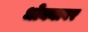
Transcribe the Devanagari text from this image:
धोक्यावर